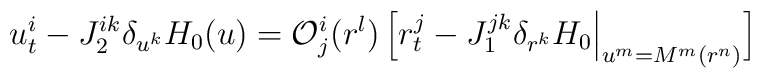
u^i_{t} - J_2^{ik} \delta_{u^k} H_0 (u) = {\cal O}^i_j (r^l) \,\Big[ r^j_{t} - J_1^{jk} \delta_{r^k} H_0 \Big|_{u^m=M^m(r^n)}\Big]